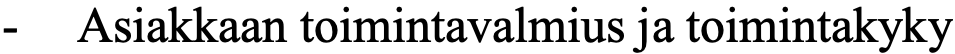
- Asiakkaan toimintavalmius ja toimintakyky